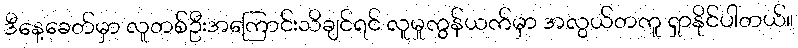
ဒီနေ့ခေတ်မှာ လူတစ်ဦးအကြောင်းသိချင်ရင် လူမှုကွန်ယက်မှာ အလွယ်တကူ ရှာနိုင်ပါတယ်။